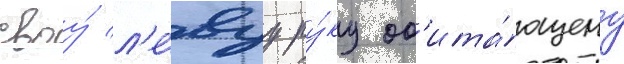
своу́ л'е́вуу ру́ку об'ита́ющему